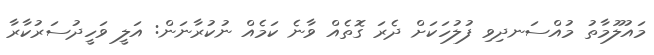
މައުލޫމާތު މުއްސަނދިވި ފުލުހަކަށް ދެރަ ގޮތެއް ވާނެ ކަމެއް ނުކުރާނަން: އަލީ ވަހީދުސަރުކާރާ